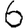
Digit: 6